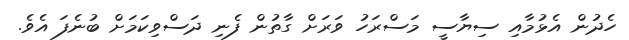
ހެދުން އެޅުމާއި ސިޔާސީ މަސްރަހު ވަރަށް ގާތުން ފެނި ދަސްވިކަމަށް ބުނެފަ އެވެ.